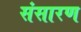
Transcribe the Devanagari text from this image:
संसारण